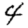
Digit: 4